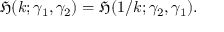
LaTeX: { \mathfrak { H } } ( k ; \gamma _ { 1 } , \gamma _ { 2 } ) = { \mathfrak { H } } ( 1 / k ; \gamma _ { 2 } , \gamma _ { 1 } ) .